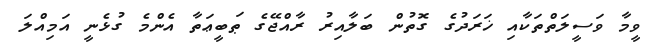
ވީމާ ވަސީލަތްތަކާއި ޚަރަދުގެ ގޮތުން ބަލާއިރު ރާއްޖޭގެ ޠަބީޢަތާ އެންމެ ގުޅެނީ އަމިއްލަ